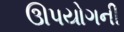
ઊપયોગની